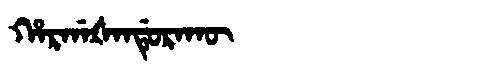
Manchu: ᡥᠠᡵᡤᠠᡧᠠᠨᡩᡠᡵᠠᡴᡡ
Romanization: HARGAŠANDURAKŪ